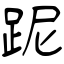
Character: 跜